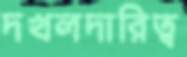
দখলদারিত্ব